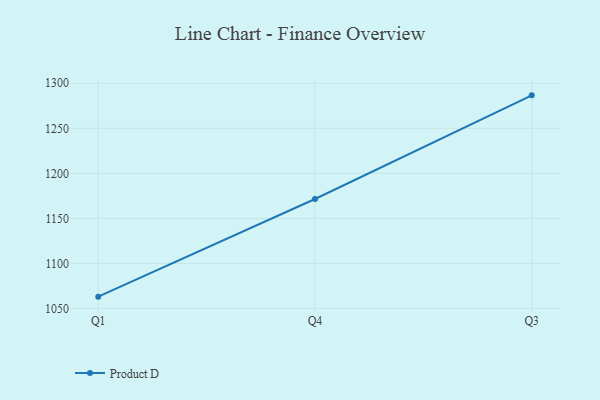
{"axis": {"x": "Quarter", "y": "Conversion Rate (%)"}, "legend": ["Product D"], "data": [{"x": "Q1", "y": 1063.0, "type": "Product D"}, {"x": "Q4", "y": 1171.5, "type": "Product D"}, {"x": "Q3", "y": 1286.6, "type": "Product D"}]}